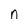
Character: n